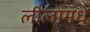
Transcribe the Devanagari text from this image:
लीलांमधे